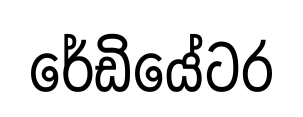
රේඩියේටර